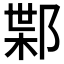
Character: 𲆗